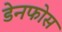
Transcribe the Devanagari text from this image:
डेनफोस